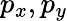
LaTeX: p_{x},p_{y}